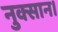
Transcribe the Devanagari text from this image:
नुक्सान।